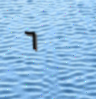
٦